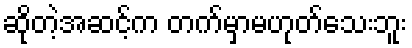
ဆိုတဲ့အဆင့်က တက်မှာမဟုတ်သေးဘူး